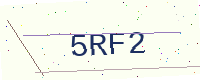
Text: 5RF2